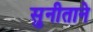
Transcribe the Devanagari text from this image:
सुनीताने